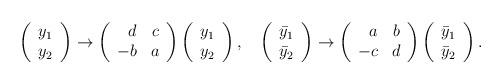
LaTeX: \begin{align*}\left(\begin{array}{c}y_1\\y_2\end{array}\right)\to\left(\begin{array}{rc}d&c\\-b&a\end{array}\right)\left(\begin{array}{c}y_1\\y_2\end{array}\right),\quad\left(\begin{array}{c}\bar{y}_1\\\bar{y}_2\end{array}\right)\to\left(\begin{array}{rc}a&b\\-c&d\end{array}\right)\left(\begin{array}{c}\bar{y}_1\\\bar{y}_2\end{array}\right).\end{align*}